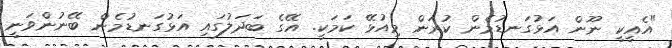
"އެއީކީ ނޫން އަޅުގަނޑުމެން ކުރަން މިއުޅޭ ކަމަކީ. އޭގެ ބަދަލުގައި އަޅުގަނޑުމެން ބޭނުންވަނީ